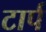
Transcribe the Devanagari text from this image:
टार्प